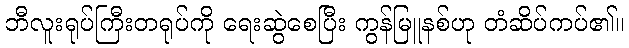
ဘီလူးရုပ်ကြီးတရုပ်ကို ရေးဆွဲစေပြီး ကွန်မြူနစ်ဟု တံဆိပ်ကပ်၏။